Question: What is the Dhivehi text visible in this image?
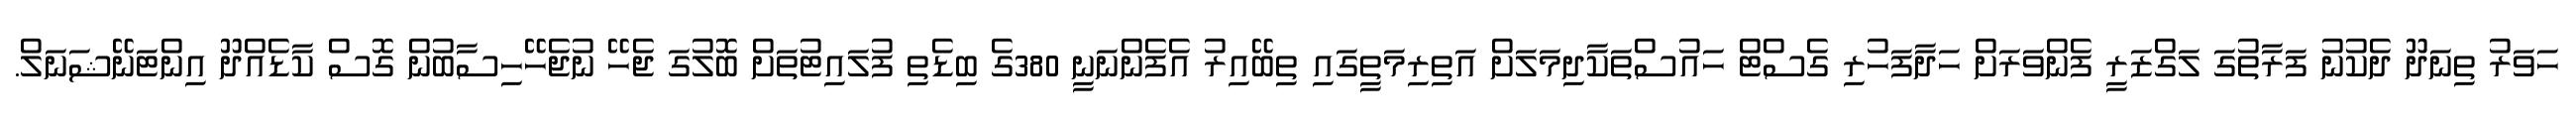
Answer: ހަވަރު ތިނަދޫ ދެކުނު ފަރާތުގަ ލަގްޒަރީ ފެންވަރަށް ހަދާފަހުރި ގެސްޓް ހައުސްތަކާދިމަލަށް އަތިރިމަތީގައި ތިބޭއިރު އެފެންނަނީ 380ގެ ބިޑެތި ފުލައިޓުތަށް ބޮލުގަ ޖެހޭ ނުޖެހޭހިސާބުން ގޮސް ކާޑެއްދޫ އިންޓަނޭޝަނަލް.